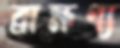
ব্রাহ্মণ্য